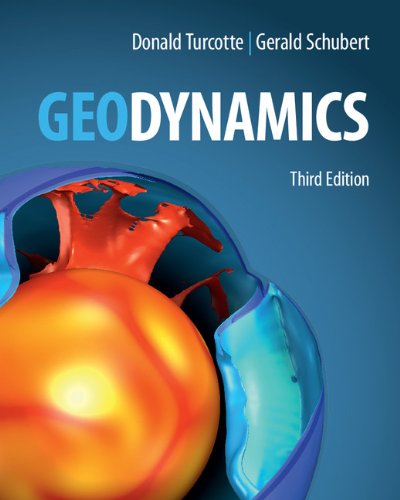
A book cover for Geodynamics; Donald L. Turcotte; Science & Math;